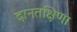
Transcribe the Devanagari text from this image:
दानतक्षिणा